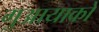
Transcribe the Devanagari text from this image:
गुआयाको